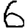
Digit: 6